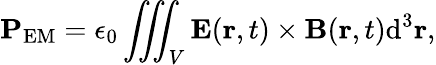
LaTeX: \mathbf{P}_{\textrm{EM}}=\epsilon_{0}\iiint_{V}\mathbf{E}(\mathbf{r},t)\times\mathbf{B}(\mathbf{r},t){\textrm{d}}^{3}\mathbf{r},